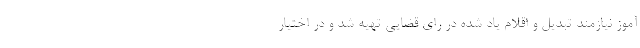
آموز نیازمند تبدیل و اقلام یاد شده در رای قضایی تهیه شد و در اختیار